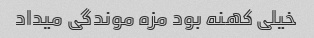
خیلی کهنه بود مزه موندگی میداد